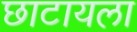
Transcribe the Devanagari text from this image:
छाटायला